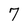
Character: 7